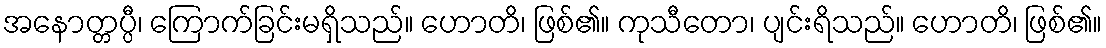
အနောတ္တပ္ပီ၊ ကြောက်ခြင်းမရှိသည်။ ဟောတိ၊ ဖြစ်၏။ ကုသီတော၊ ပျင်းရိသည်။ ဟောတိ၊ ဖြစ်၏။